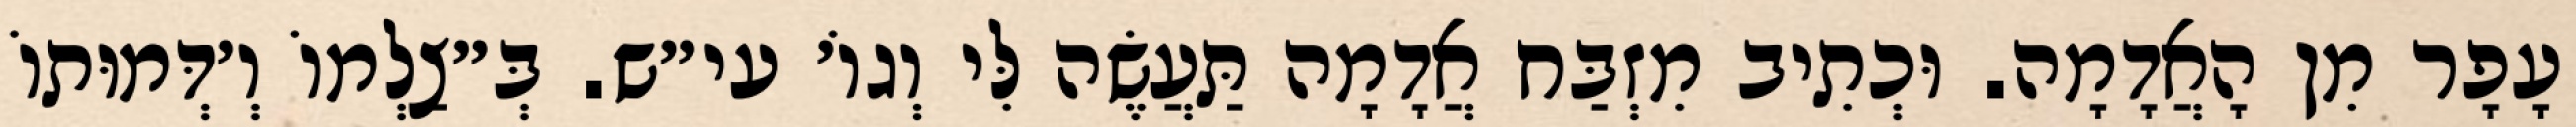
עָפָר מִן הָאֲדָמָה. וּכְתִיב מִזְבַּח אֲדָמָה תַּעֲשֶׂה לִּי וְגוֹ׳ עי״ש. בְּ״צַלְמוֹ וְ׳דְּמוּתוֹ